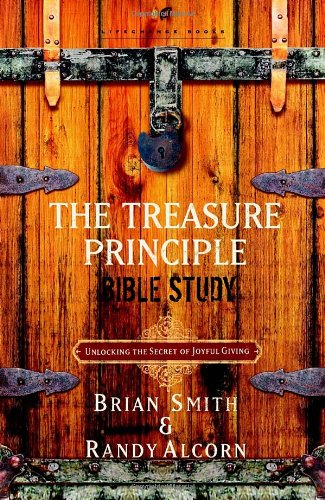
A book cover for The Treasure Principle Bible Study: Unlocking the Secret of Joyful Giving; Randy Alcorn; Christian Books & Bibles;